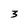
Character: 3